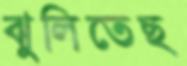
ঝুলিতেছ